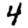
Digit: 4